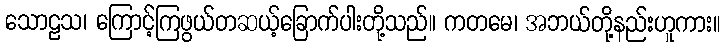
သောဠသ၊ ကြောင့်ကြဖွယ်တဆယ့်ခြောက်ပါးတို့သည်။ ကတမေ၊ အဘယ်တို့နည်းဟူကား။